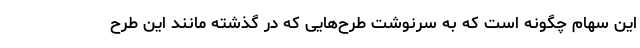
این سهام چگونه است که به سرنوشت طرح‌هایی که در گذشته مانند این طرح